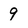
Character: 9